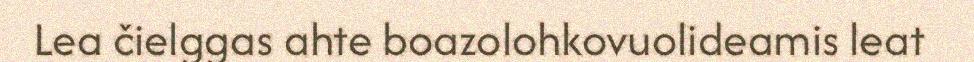
Lea čielggas ahte boazolohkovuolideamis leat